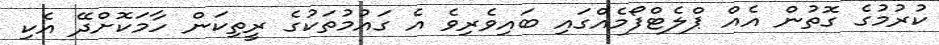
ކުރުމުގެ ގޮތުން އެއް ޕްލެޓްފޯމެއްގައި ބައިވެރިިވެ އެ ގައުމުތަކުގެ ރީތިކަން ހާމަކޮށްދޭ އެކި